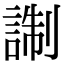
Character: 𧨰